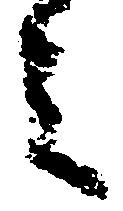
者